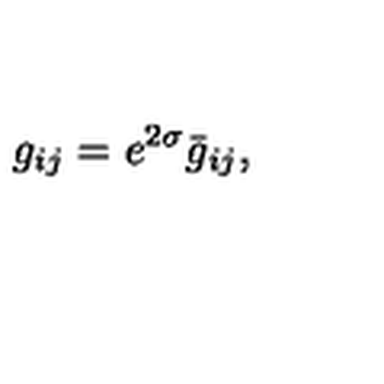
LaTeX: g _ { i j } = e ^ { 2 \sigma } \bar { g } _ { i j } ,